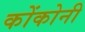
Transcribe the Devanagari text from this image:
कोंकोनी